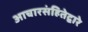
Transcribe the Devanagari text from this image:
आचारसंहितेद्वारे